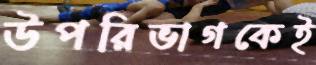
উপরিভাগকেই